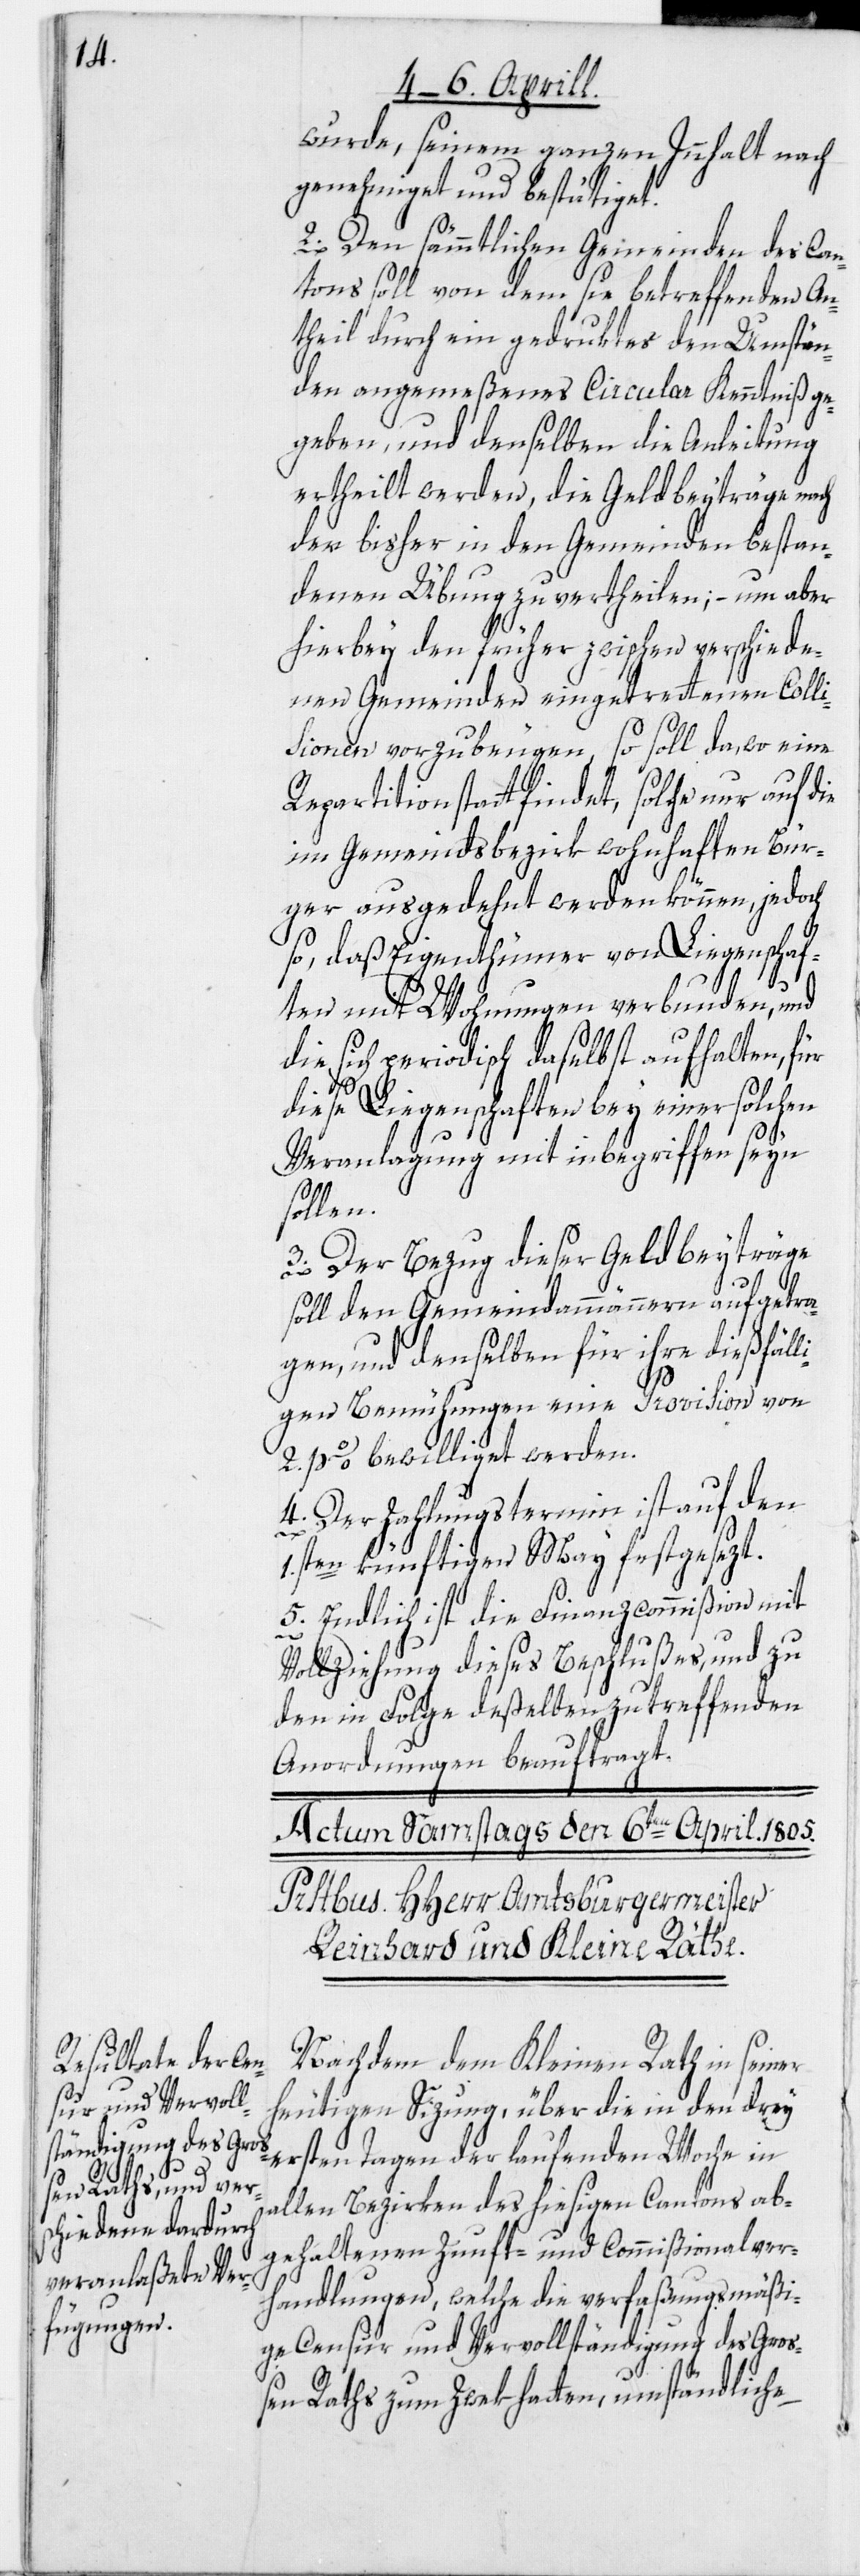
wurde, seinem ganzen Innhalt nach
genehmiget und bestätiget.
2. Den sämmtlichen Gemeinden des Can¬
tons soll von dem sie betreffenden An¬
theil durch ein gedruktes den Umstän¬
den angemeßenes Circular Kenntniß ge¬
geben, und denselben die Anleitung
ertheilt werden, die Geldbeyträge nach
der bisher in den Gemeinden bestan¬
denen Übung zu vertheilen; – um aber
ie
hierbey den früher zwischen verschiede¬
nen Gemeinden eingetrettenen Colli¬
sionen vorzubeugen, so soll da, wo eine
Repartition stattfindet, solche nur auf d¬
im Gemeindsbezirk wohnhaften Bür¬
ger ausgedehnt werden können, jedoch
so, daß Eigenthümer von Liegenschaf¬
ten mit Wohnungen verbunden, und
die sich periodisch daselbst aufhalten, für
diese Liegenschaften bey einer solchen
Veranlagung mit inbegriffen seyn
sollen.
3. Der Bezug dieser Geldbeyträge
soll den Gemeindammännern aufgetra¬
gen, und denselben für ihre dießfäll¬
igen Bemühungen eine Provision von
2 p %. bewilliget werden.
4. Der Zahlungstermin ist auf den
1.sten künftigen May festgesezt.
5. Endlich ist die Finanzcommißion mit
Vollziehung dieses Beschlußes, und zu
den in Folge deßelben zu treffenden
Anordnungen beauftragt.
Nachdem dem Kleinen Rath in seiner
heutigen Sizung, über die in den drey
ersten Tagen der laufenden Woche in
allen Bezirken des hiesigen Cantons ab¬
gehaltenen Zunft- und Commißionalver¬
handlungen, welche die verfaßungsmäßi¬
ge Censur und Vervollständigung des Gro¬
ßen Raths zum Zwek hatten, umständliche